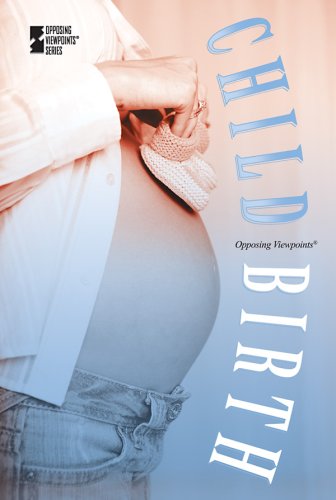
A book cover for Childbirth (Opposing Viewpoints); Christina Fisanick; Teen & Young Adult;